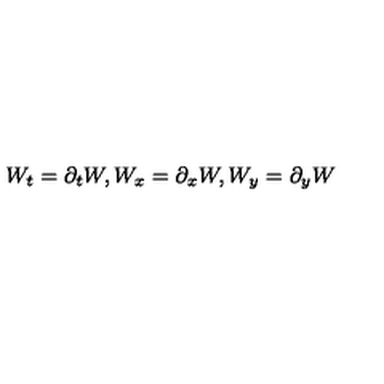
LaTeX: W _ { t } = \partial _ { t } W , W _ { x } = \partial _ { x } W , W _ { y } = \partial _ { y } W